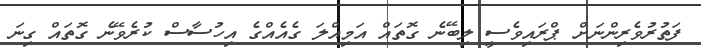
ފަތުރުވެރިންނަށް ޕްރައިވެސީ ލިބޭނެ ގޮތައް އަމިއްލަ ގެއެއްގެ އިހުސާސް ކުރެވޭނެ ގޮތައް ގިނަ